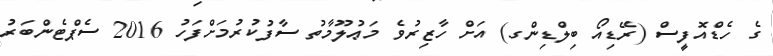
ގެ ހެޑްއޮފީސް (ރޭޑިއޯ ބިލްޑިންގ) އަށް ހާޒިރުވެ މަޢުލޫމާތު ސާފުކުރުމަށްފަހު 2016 ސެޕްޓެންބަރު